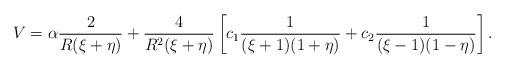
LaTeX: \begin{align*}V = \alpha \frac{2}{R(\xi+\eta)} + \frac{4}{R^2(\xi+\eta)}\left[ c_1 \frac{1}{(\xi+1)(1+\eta)} + c_2 \frac{1}{(\xi-1)(1-\eta)} \right].\end{align*}